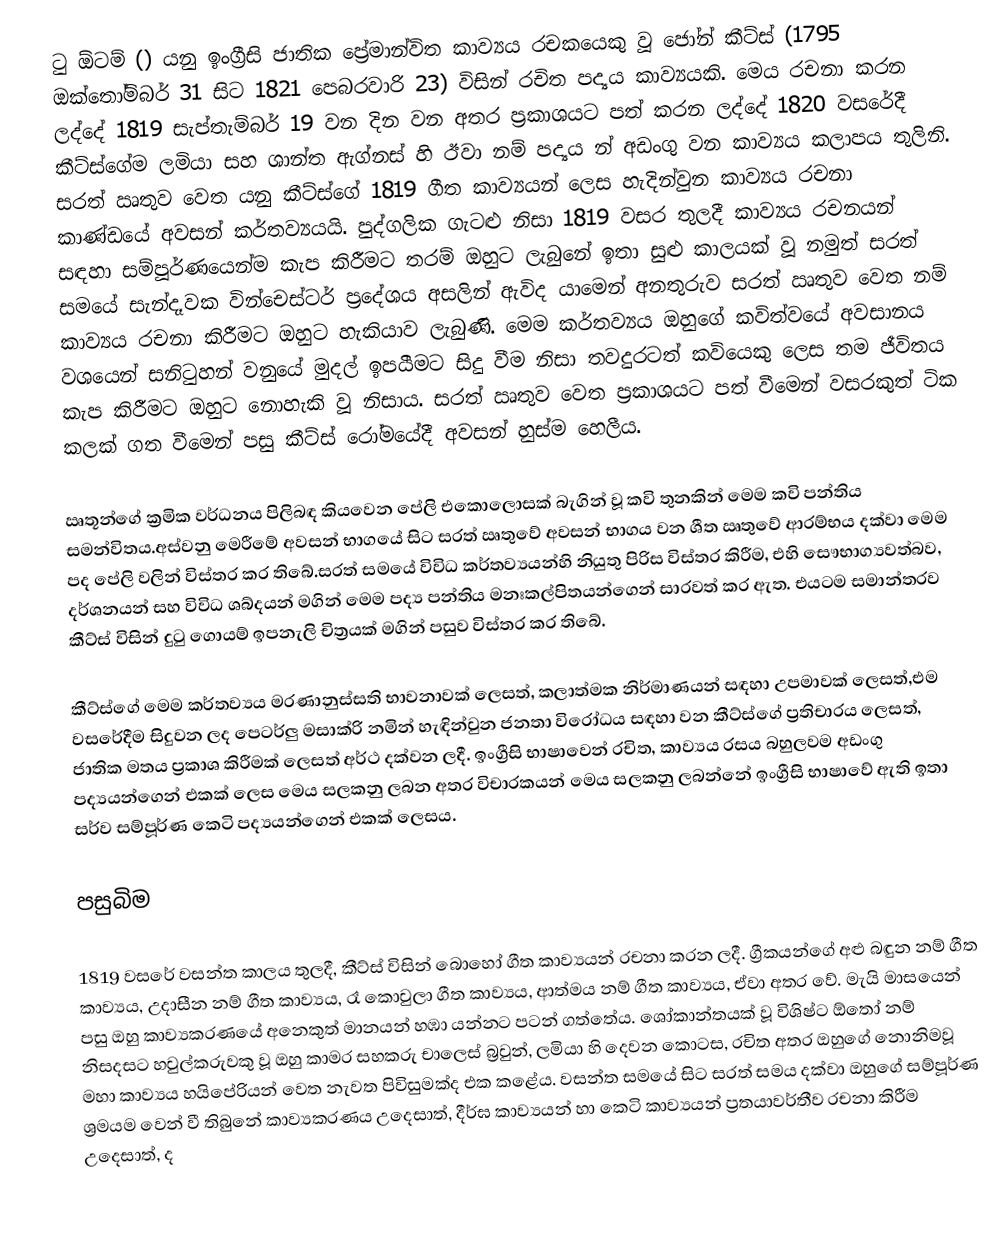
ටු ඕටම් () යනු ඉංග්‍රීසි ජාතික ප්‍රේමාන්විත කාව්‍යය රචකයෙකු වූ ජෝන් කීට්ස් (1795 ඔක්තෝම්බර් 31 සිට 1821 පෙබරවාරි 23) විසින් රචිත පද්‍යය කාව්‍යයකි. මෙය රචනා කරන ලද්දේ 1819 සැප්තැම්බර් 19 වන දින වන අතර ප්‍රකාශයට පත් කරන ලද්දේ 1820 වසරේදී කීට්ස්ගේම ලමියා සහ ශාන්ත ඇග්නස් හි ඊවා නම් පද්‍යය න් අඩංගු වන කාව්‍යය කලාපය තුලිනි. සරත් ඍතුව වෙත යනු කීට්ස්ගේ 1819 ගීත කාව්‍යයන් ලෙස හැදින්වුන කාව්‍යය රචනා කාණ්ඩයේ අවසන් කර්තව්‍යයයි. පුද්ගලික ගැටළු නිසා 1819 වසර තුලදී කාව්‍යය රචනයන් සඳහා සම්පූර්ණයෙන්ම කැප කිරීමට තරම් ඔහුට ලැබුනේ ඉතා සුළු කාලයක් වූ නමුත් සරත් සමයේ සැන්දෑවක වින්චෙස්ටර් ප්‍රදේශය අසලින් ඇවිද යාමෙන් අනතුරුව සරත් ඍතුව වෙත නම් කාව්‍යය රචනා කිරීමට ඔහුට හැකියාව ලැබුණි. මෙම කර්තව්‍යය ඔහුගේ කවිත්වයේ අවසානය වශයෙන් සනිටුහන් වනුයේ මුදල් ඉපයීමට සිදු වීම නිසා තවදුරටත් කවියෙකු ලෙස තම ජීවිතය කැප කිරීමට ඔහුට නොහැකි වූ නිසාය. සරත් ඍතුව වෙත  ප්‍රකාශයට පත් වීමෙන් වසරකුත් ටික කලක් ගත වීමෙන් පසු කීට්ස් රෝමයේදී අවසන් හුස්ම හෙලීය.

ඍතූන්ගේ ක්‍රමික වර්ධනය පිලිබඳ කියවෙන පේලි එකොලොසක් බැගින් වූ කවි තුනකින් මෙම කවි පන්තිය සමන්විතය.අස්වනු මෙරීමේ අවසන් භාගයේ සිට සරත් ඍතුවේ අවසන් භාගය වන ශීත ඍතුවේ ආරම්භය දක්වා මෙම පද පේලි වලින් විස්තර කර තිබේ.සරත් සමයේ විවිධ කර්තව්‍යයන්හි නියුතු පිරිස විස්තර කිරීම, එහි සෞභාග්‍යවත්බව, දර්ශනයන් සහ විවිධ ශබ්දයන් මගින් මෙම පද්‍ය පන්තිය මනඃකල්පිතයන්ගෙන් සාරවත් කර ඇත. එයටම සමාන්තරව කීට්ස් විසින් දුටු ගොයම් ඉපනැලි චිත්‍රයක් මගින් පසුව විස්තර කර තිබේ.

කීට්ස්ගේ මෙම කර්තව්‍යය මරණානුස්සති භාවනාවක් ලෙසත්, කලාත්මක නිර්මාණයන් සඳහා උපමාවක් ලෙසත්,එම වසරේදීම සිදුවන ලද පෙටර්ලු මසාක්රි නමින් හැඳින්වුන ජනතා විරෝධය සඳහා වන කීට්ස්ගේ ප්‍රතිචාරය ලෙසත්, ජාතික මතය ප්‍රකාශ කිරීමක් ලෙසත් අර්ථ දක්වන ලදී. ඉංග්‍රීසි භාෂාවෙන් රචිත, කාව්‍යය රසය බහුලවම අඩංගු පද්‍යයන්ගෙන් එකක් ලෙස මෙය සලකනු ලබන අතර විචාරකයන් මෙය සලකනු ලබන්නේ ඉංග්‍රීසි භාෂාවේ ඇති ඉතා සර්ව සම්පූර්ණ කෙටි පද්‍යයන්ගෙන් එකක් ලෙසය.

පසුබිම

1819 වසරේ වසන්ත කාලය තුලදී, කීට්ස් විසින් බොහෝ ගීත කාව්‍යයන් රචනා කරන ලදී. ග්‍රීකයන්ගේ අළු බඳුන නම් ගීත කාව්‍යය, උදාසීන නම් ගීත කාව්‍යය, රෑ කොවුලා ගීත කාව්‍යය, ආත්මය නම් ගීත කාව්‍යය, ඒවා අතර වේ. මැයි මාසයෙන් පසු ඔහු කාව්‍යකරණයේ අනෙකුත් මානයන් හඹා යන්නට පටන් ගත්තේය. ශෝකාන්තයක් වූ විශිෂ්ට ඕතෝ නම් නිසදසට හවුල්කරුවකු වූ ඔහු කාමර සහකරු චාලෙස් බ්‍රවුන්, ලමියා හි දෙවන කොටස, රචිත අතර ඔහුගේ නොනිමවූ මහා කාව්‍යය හයිපේරියන් වෙත නැවත පිවිසුමක්ද එක කළේය. වසන්ත සමයේ සිට සරත් සමය දක්වා ඔහුගේ සම්පූර්ණ ශ්‍රමයම වෙන් වී තිබුනේ කාව්‍යකරණය උදෙසාත්, දීර්ඝ කාව්‍යයන් හා කෙටි කාව්‍යයන් ප්‍රතයාවර්තීව රචනා කිරීම උදෙසාත්, ද